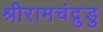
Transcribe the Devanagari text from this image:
श्रीरामचंद्रुडु